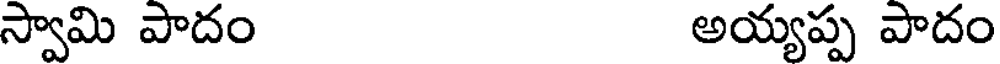
స్వామి పాదం అయ్యప్ప పాదం